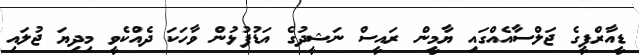
ޑީއާރްޕީގެ ޖަލްސާއެއްގައި ޔާމީން ރައީސް ނަޝީދުގެ އަޑުފުޅުން ވާހަކަ ދެއްކެވީ މިދިޔަ ޖުލައި